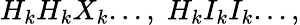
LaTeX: H_{k}H_{k}X_{k}...,\; H_{k}I_{k}I_{k}...,